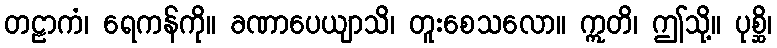
တဠာကံ၊ ရေကန်ကို။ ခဏာပေယျာသိ၊ တူးစေသလော။ ဣတိ၊ ဤသို့။ ပုစ္ဆိ၊